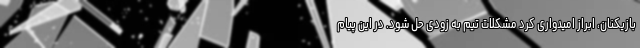
بازیکنان، ابراز امیدواری کرد مشکلات تیم به زودی حل شود. در این پیام